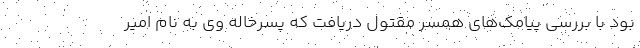
بود با بررسی پیامک‌های همسر مقتول دریافت که پسرخاله وی به نام امیر